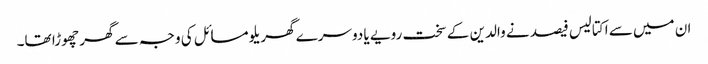
ان میں سے اکتالیس فیصد نے والدین کے سخت رویے یا دوسرے گھریلو مسائل کی وجہ سے گھر چھوڑا تھا۔